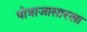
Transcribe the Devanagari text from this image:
पोत्राजासारखा